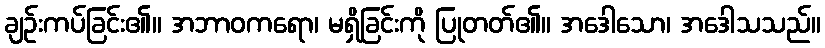
ချဉ်းကပ်ခြင်း၏။ အဘာဝကရော၊ မရှိခြင်းကို ပြုတတ်၏။ အဒေါသော၊ အဒေါသသည်။